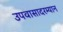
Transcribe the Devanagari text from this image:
उपवासादरम्यान